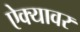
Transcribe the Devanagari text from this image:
ऐक्यावर